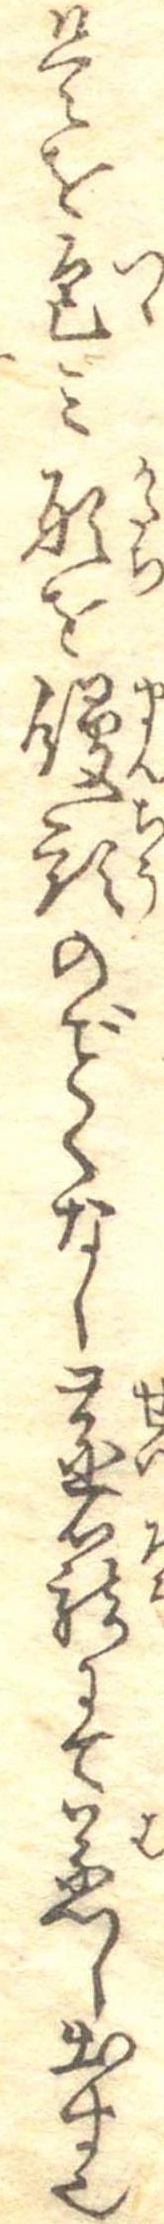
是を包み形を饅頭のくなし蒸篭にて蒸し出す也